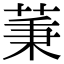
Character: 𦱮